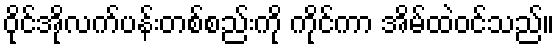
ဝိုင်အိုလက်ပန်းတစ်စည်းကို ကိုင်ကာ အိမ်ထဲဝင်သည်။